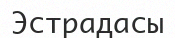
Эстрадасы